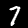
Digit: 7